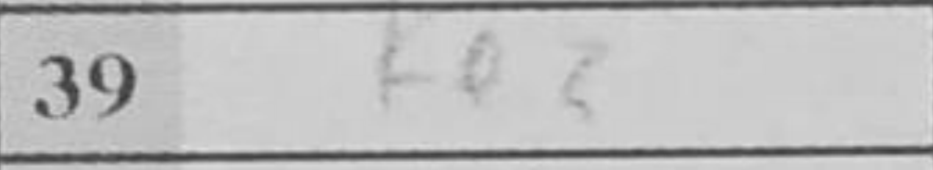
Transcription: Ke3